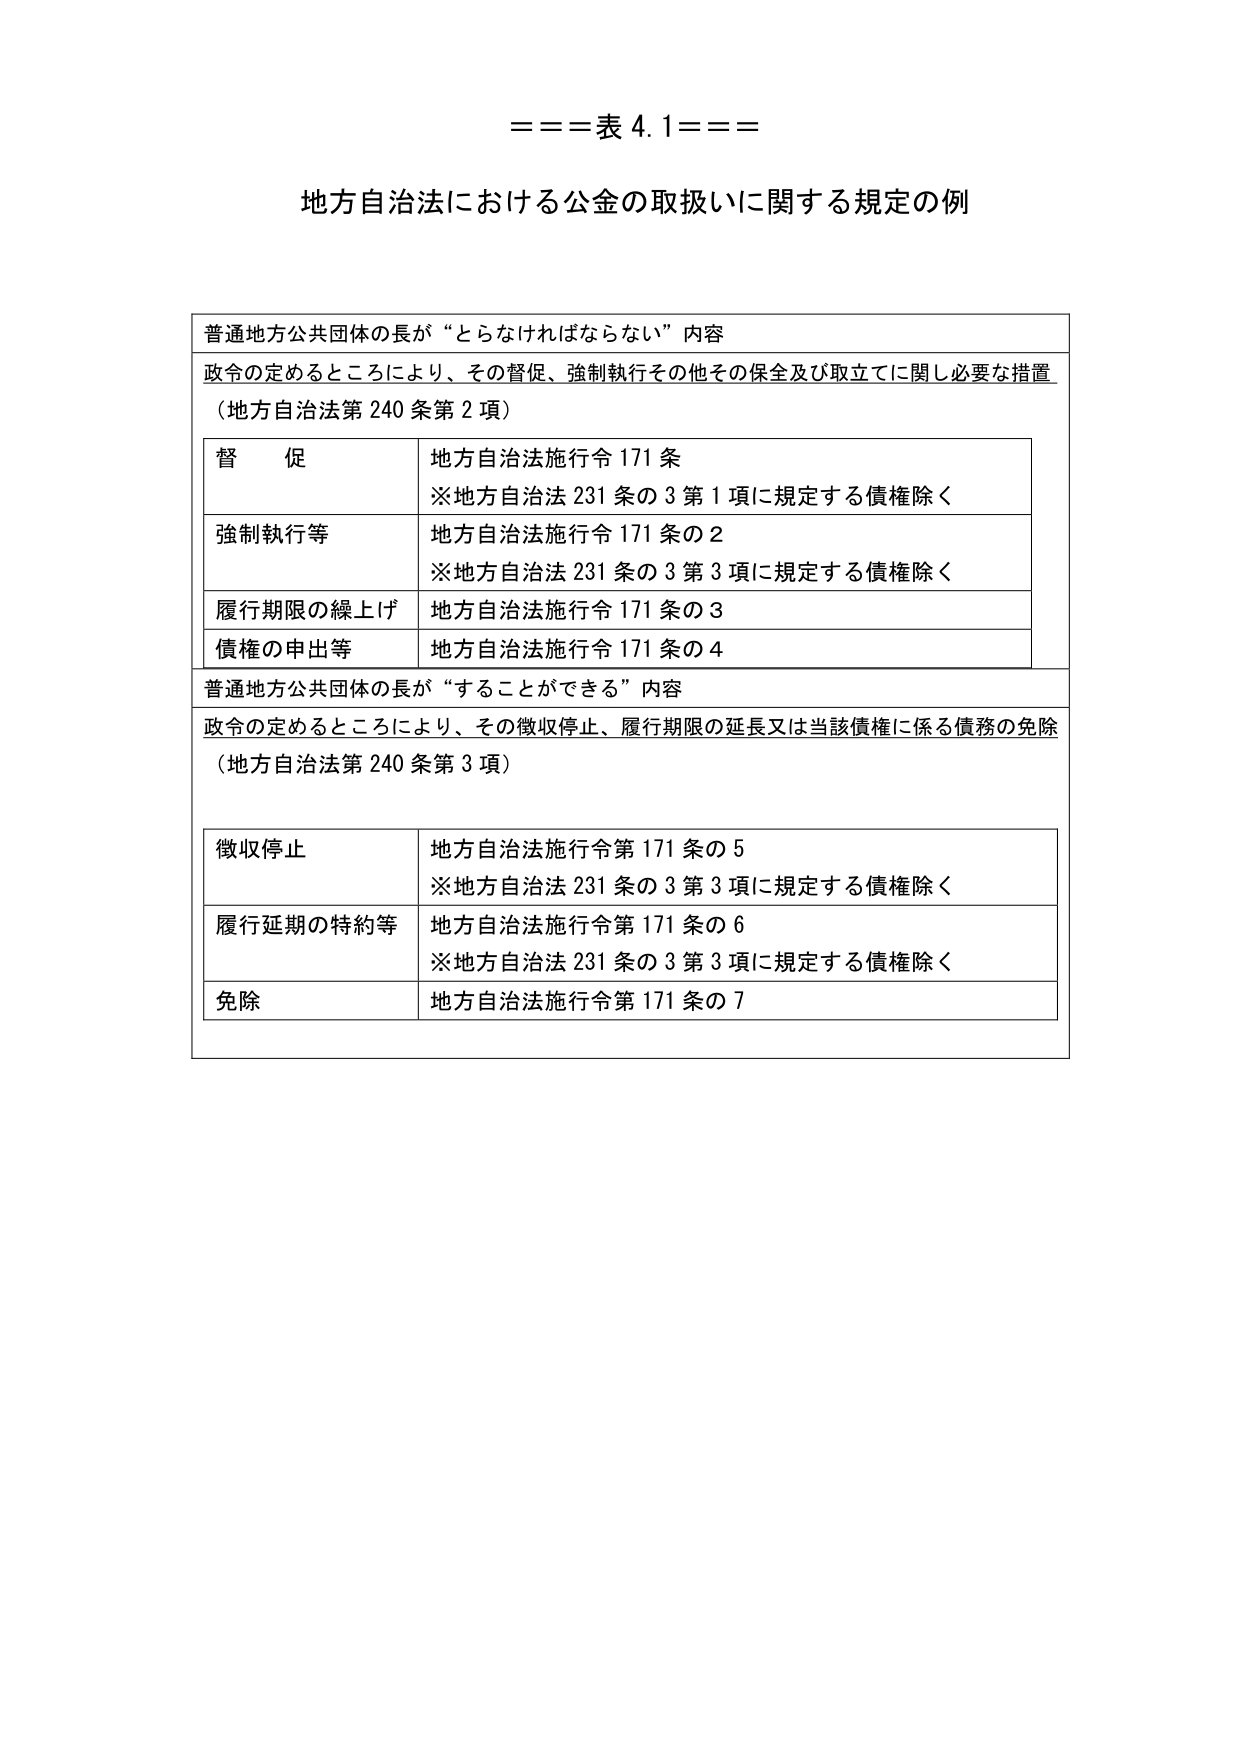
===表 4.1===

地方自治法における公金の取扱いに関する規定の例

普通地方公共団体の長が“とらなければならない”内容
政令の定めるところにより、その督促、強制執行その他その保全及び取立てに関し必要な措置
（地方自治法第240条第2項）

督促 地方自治法施行令171条
※地方自治法231条の3第1項に規定する債権除く

強制執行等 地方自治法施行令171条の2
※地方自治法231条の3第3項に規定する債権除く

履行期限の繰上げ 地方自治法施行令171条の3

債権の申出等 地方自治法施行令171条の4

普通地方公共団体の長が“することができる”内容
政令の定めるところにより、その徴収停止、履行期限の延長又は当該債権に係る債務の免除
（地方自治法第240条第3項）

徴収停止 地方自治法施行令第171条の5
※地方自治法231条の3第3項に規定する債権除く

履行延期の特約等 地方自治法施行令第171条の6
※地方自治法231条の3第3項に規定する債権除く

免除 地方自治法施行令第171条の7